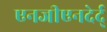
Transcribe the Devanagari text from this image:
एनजीएनदेर्द्